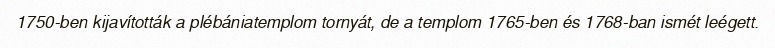
1750-ben kijavították a plébániatemplom tornyát, de a templom 1765-ben és 1768-ban ismét leégett.